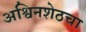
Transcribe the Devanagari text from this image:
अश्विनशेठचा